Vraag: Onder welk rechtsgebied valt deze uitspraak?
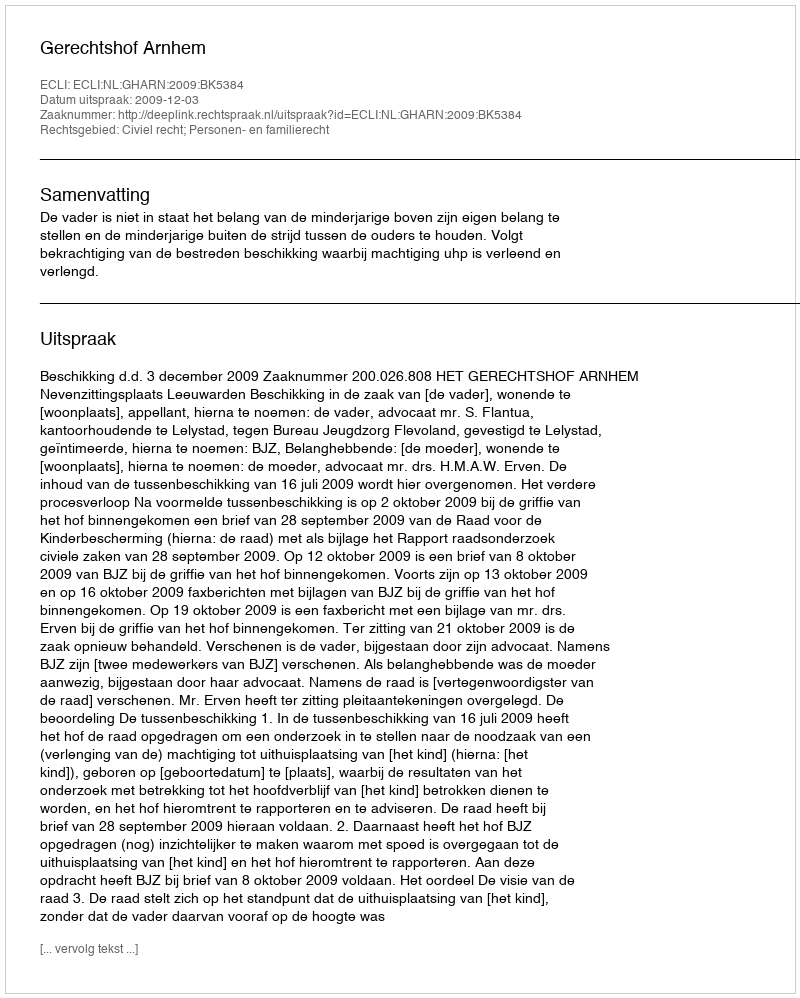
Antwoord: Civiel recht; Personen- en familierecht